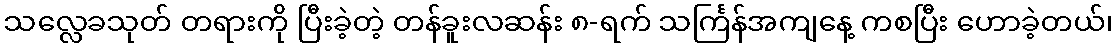
သလ္လေခသုတ် တရားကို ပြီးခဲ့တဲ့ တန်ခူးလဆန်း ၈-ရက် သင်္ကြန်အကျနေ့ ကစပြီး ဟောခဲ့တယ်၊